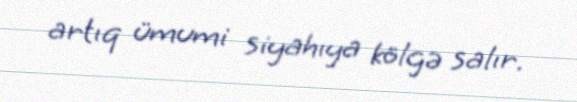
artıq ümumi siyahıya kölgə salır.